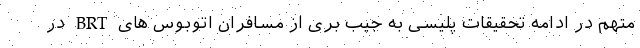
متهم در ادامه تحقیقات پلیسی به جیب بری از مسافران اتوبوس های BRT در